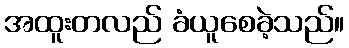
အထူးတလည် ခံယူစေခဲ့သည်။